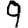
Digit: 9